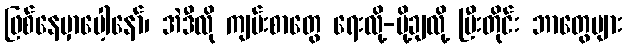
ဖြစ်နေမှာပေါ့နော်၊ အဲဒီလို ကျမ်းစာတွေ ရေးလို့-ပို့ချလို့ ပြီးတိုင်း ဘာတွေများ